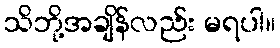
သိဘို့အချိန်လည်း မရပါ။